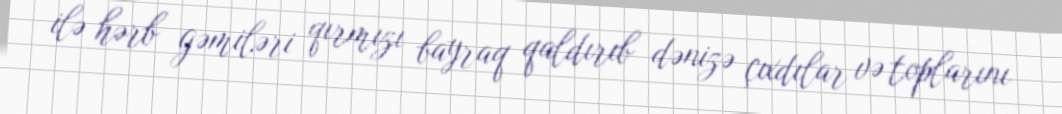
ilə hərb gəmiləri qırmızı bayraq qaldırıb dənizə çıxdılar və toplarını